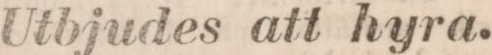
Utbjudes att hyra.